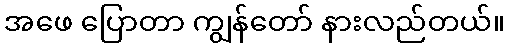
အဖေ ပြောတာ ကျွန်တော် နားလည်တယ်။